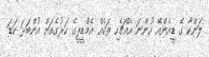
ލަންކާ ގެ ޑީއެންއޭ ހުންނަ އެއްޗެހި ތަކެއް އެމްޑީޕީގެ ހަރުގެއަށް އުންބަޅަ ކަޑަ